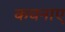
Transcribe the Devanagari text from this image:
कचनाए